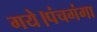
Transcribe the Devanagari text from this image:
गये।पंचगंगा